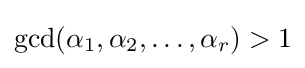
\gcd(\alpha _{1},\alpha _{2},\ldots ,\alpha _{r})>1